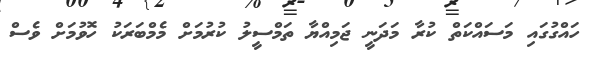
ހައްގުގައި މަސައްކަތް ކުރާ މަދަނީ ޖަމިއްޔާ ތަމްސީލު ކުރުމަށް މެމްބަރަކު ހޮވުމަށް ވެސް